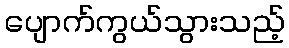
ပျောက်ကွယ်သွားသည့်